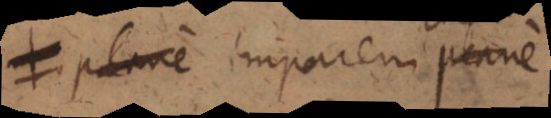
me plane imparem plane